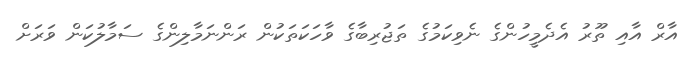
އާރް އާއި ތޫރު އެދެމީހުންގެ ނެވިކަމުގެ ތަޖުރިބާގެ ވާހަކަތަކުން ރަންނަމާލިންގެ ސަމާލުކަން ވަރަށް